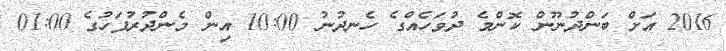
2016 އަށް ބަންދުނޫން ކޮންމެ ދުވަހެއްގެ ހެނދުނު 10:00 އިން މެންދުރުފަހުގެ 01:00